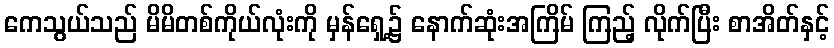
ကေသွယ်သည် မိမိတစ်ကိုယ်လုံးကို မှန်ရှေ့၌ နောက်ဆုံးအကြိမ် ကြည့် လိုက်ပြီး စာအိတ်နှင့်